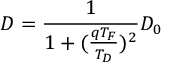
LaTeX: D = \frac { 1 } { 1 + ( \frac { q T _ { F } } { T _ { D } } ) ^ { 2 } } D _ { 0 }